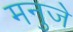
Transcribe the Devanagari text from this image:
मनुजे